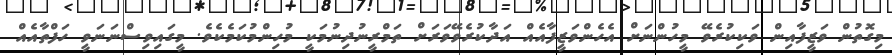
މިގޮތުން ވަޒީފާއިން ވަކިކުރެވޭ މީހުންނަށް އެހެންވަޒީފާއެއް އަދާކުރެވޭވަރަށް ތަމްރީނުދިނުމަކީ މުހިންމުކަމެކެވެ. މީގައިވިސްނަނަވީ ހަފްތާއެއް